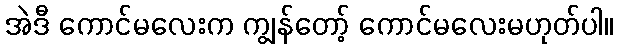
အဲဒီ ကောင်မလေးက ကျွန်တော့် ကောင်မလေးမဟုတ်ပါ။